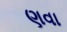
ણવા